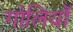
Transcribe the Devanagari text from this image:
गोलियोँ